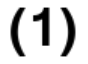
(1)